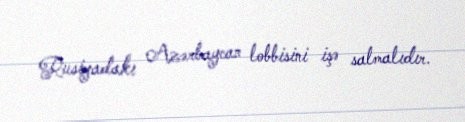
Rusiyadakı Azərbaycan lobbisini işə salmalıdır.